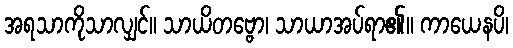
အရသာကိုသာလျှင်။ သာယိတဗ္ဗော၊ သာယာအပ်ရာ၏။ ကာယေနပိ၊